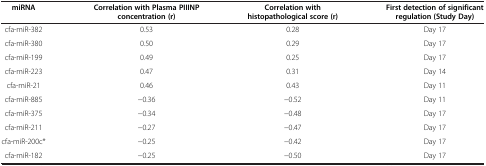
<table><thead><tr><td><b>miRNA</b></td><td><b>Correlation with Plasma PIIINP concentration (r)</b></td><td><b>Correlation with histopathological score (r)</b></td><td><b>First detection of significant regulation (Study Day)</b></td></tr></thead><tbody><tr><td>cfa-miR-382</td><td>0.53</td><td>0.28</td><td>Day 17</td></tr><tr><td>cfa-miR-380</td><td>0.50</td><td>0.29</td><td>Day 17</td></tr><tr><td>cfa-miR-199</td><td>0.49</td><td>0.25</td><td>Day 17</td></tr><tr><td>cfa-miR-223</td><td>0.47</td><td>0.31</td><td>Day 14</td></tr><tr><td>cfa-miR-21</td><td>0.46</td><td>0.43</td><td>Day 11</td></tr><tr><td>cfa-miR-885</td><td>−0.36</td><td>−0.52</td><td>Day 11</td></tr><tr><td>cfa-miR-375</td><td>−0.34</td><td>−0.48</td><td>Day 17</td></tr><tr><td>cfa-miR-211</td><td>−0.27</td><td>−0.47</td><td>Day 17</td></tr><tr><td>cfa-miR-200c*</td><td>−0.25</td><td>−0.42</td><td>Day 17</td></tr><tr><td>cfa-miR-182</td><td>−0.25</td><td>−0.50</td><td>Day 17</td></tr></tbody></table>